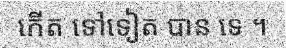
កើត ទៅទៀត បាន ទេ ។